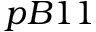
p B 1 1